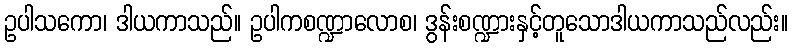
ဥပါသကော၊ ဒါယကာသည်။ ဥပါကစဏ္ဍာလောစ၊ ဒွန်းစဏ္ဍားနှင့်တူသောဒါယကာသည်လည်း။